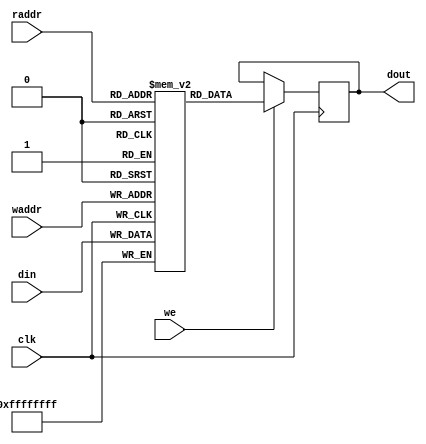
module mem_offset
   (
    input 		                  clk,
    input [32-1:0]      raddr,
    input [32-1:0]      waddr,
    input 		                  we,
    input      [32-1:0] din,
    output reg [32-1:0] dout
    );

   reg [32-1:0]     mem[(1<<32)-1:0];

  always @(posedge clk) begin
    mem[waddr] <= din;
    if (we)
      dout <= mem[raddr];
  end

endmodule